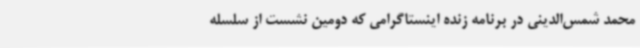
محمد شمس‌الدینی در برنامه زنده اینستاگرامی که دومین نشست از سلسله